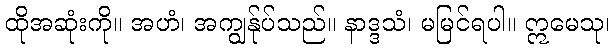
ထိုအဆုံးကို။ အဟံ၊ အကျွန်ုပ်သည်။ နာဒ္ဒသံ၊ မမြင်ရပါ။ ဣမေသု၊